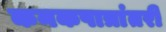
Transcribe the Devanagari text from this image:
कनकपात्रांतरी